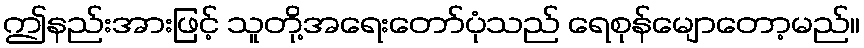
ဤနည်းအားဖြင့် သူတို့အရေးတော်ပုံသည် ရေစုန်မျောတော့မည်။